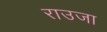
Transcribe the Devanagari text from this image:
राउजा